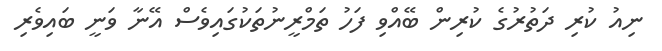
ނިއު ކުރި ދަތުރުގެ ކުރިން ބޭއްވި ފަހު ތަމްރީނުތަކުގައިވެސް އޭނާ ވަނީ ބައިވެރި